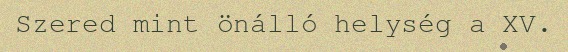
Szered mint önálló helység a XV.